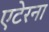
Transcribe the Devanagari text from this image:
एटेरना